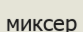
миксер